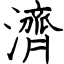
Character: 濟